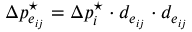
\Delta p _ { e _ { i j } } ^ { \star } = \Delta p _ { i } ^ { \star } \cdot d _ { e _ { i j } } \cdot d _ { e _ { i j } }